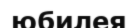
юбилея